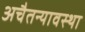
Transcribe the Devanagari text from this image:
अचैतन्यावस्था